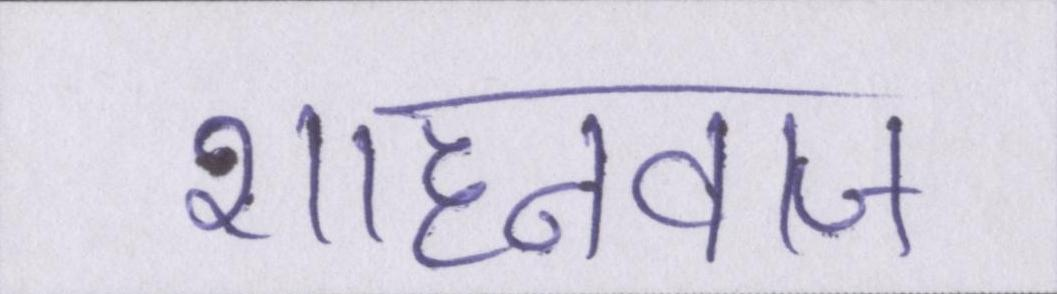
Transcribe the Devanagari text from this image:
शाहनवाज